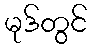
မုဒ်တွင်